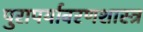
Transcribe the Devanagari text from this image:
पुरापर्यावरणशास्त्र